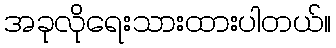
အခုလိုရေးသားထားပါတယ်။